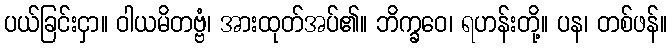
ပယ်ခြင်းငှာ။ ဝါယမိတဗ္ဗံ၊ အားထုတ်အပ်၏။ ဘိက္ခဝေ၊ ရဟန်းတို့။ ပန၊ တစ်ဖန်။